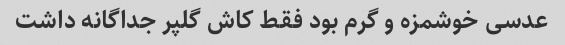
عدسی خوشمزه و گرم بود فقط کاش گلپر جداگانه داشت